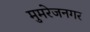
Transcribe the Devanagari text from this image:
मुमरेजनगर